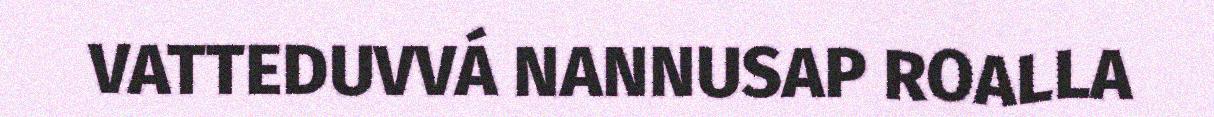
VATTEDUVVÁ NANNUSAP ROALLA